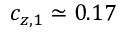
c _ { z , 1 } \simeq 0 . 1 7